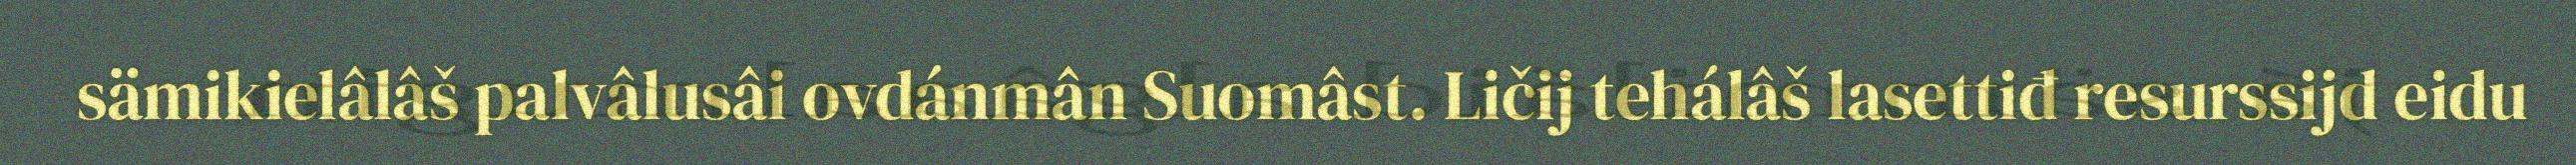
sämikielâlâš palvâlusâi ovdánmân Suomâst. Ličij tehálâš lasettiđ resurssijd eidu